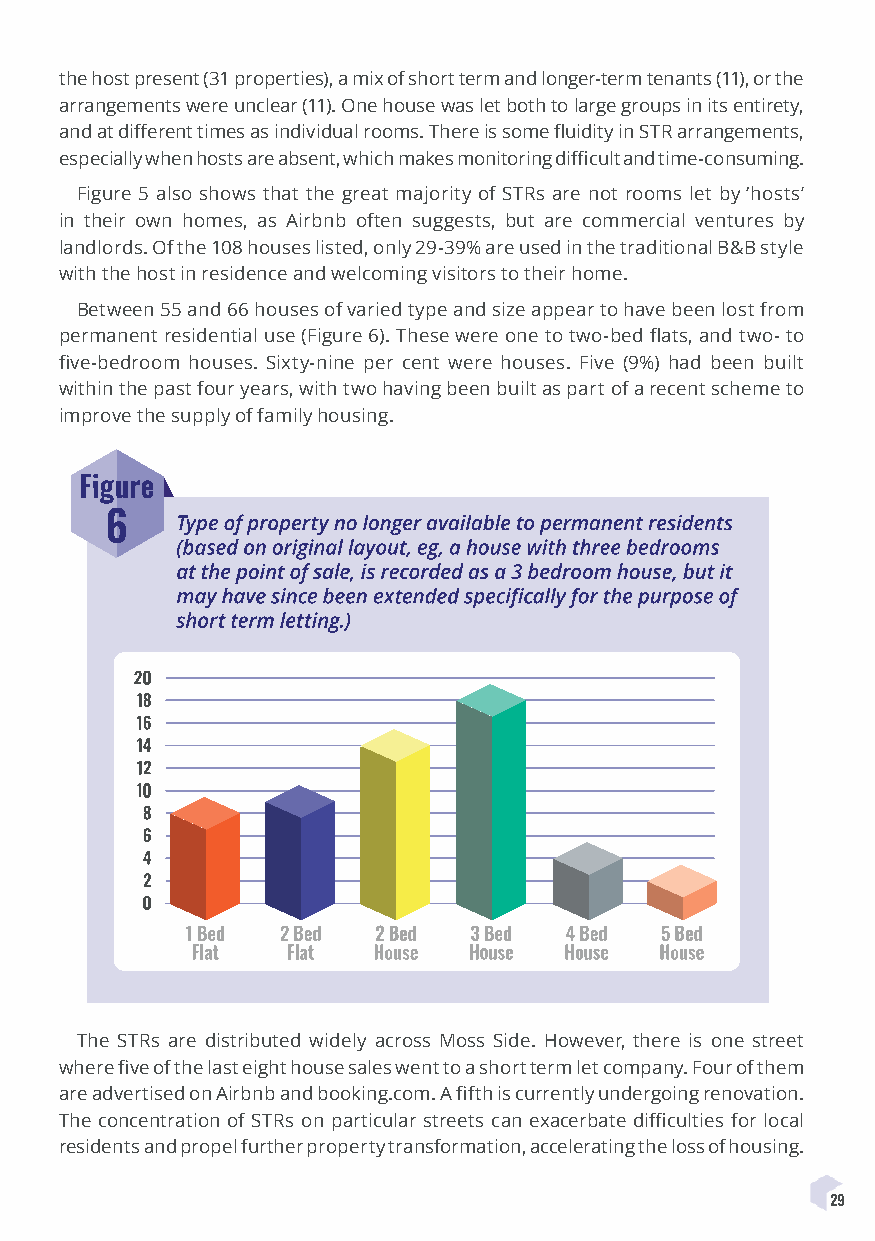
the host present (31 properties), a mix of short term and longer-term tenants (11), or the
 arrangements were unclear (11). One house was let both to large groups in its entirety,
 and at different times as individual rooms. There is some fluidity in STR arrangements,
 especially when hosts are absent, which makes monitoring difficult and time-consuming.
 Figure 5 also shows that the great majority of STRs are not rooms let by ‘hosts’
 in their own homes, as Airbnb often suggests, but are commercial ventures by
 landlords. Of the 108 houses listed, only 29-39% are used in the traditional B&B style
 with the host in residence and welcoming visitors to their home.
 Between 55 and 66 houses of varied type and size appear to have been lost from
 permanent residential use (Figure 6). These were one to two-bed flats, and two- to
 five-bedroom houses. Sixty-nine per cent were houses. Five (9%) had been built
 within the past four years, with two having been built as part of a recent scheme to
 improve the supply of family housing.
 The STRs are distributed widely across Moss Side. However, there is one street
 where five of the last eight house sales went to a short term let company. Four of them
 are advertised on Airbnb and booking.com. A fifth is currently undergoing renovation.
 The concentration of STRs on particular streets can exacerbate difficulties for local
 residents and propel further property transformation, accelerating the loss of housing.
 29